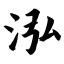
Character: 泓